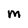
Character: M